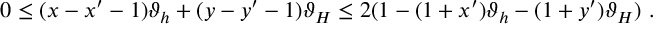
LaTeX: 0 \leq ( x - x ^ { \prime } - 1 ) \vartheta _ { h } + ( y - y ^ { \prime } - 1 ) \vartheta _ { H } \leq 2 ( 1 - ( 1 + x ^ { \prime } ) \vartheta _ { h } - ( 1 + y ^ { \prime } ) \vartheta _ { H } ) \, \, . \,